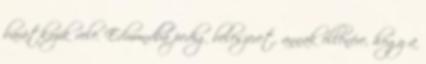
barátkozik vele. Edmundba pedig beleszeret, annak ellenére, hogy a